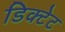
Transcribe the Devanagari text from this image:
डिक्टेट